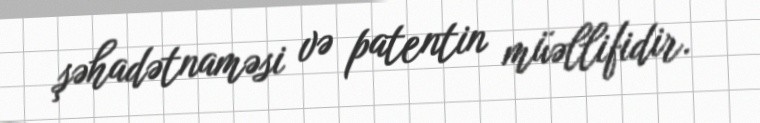
şəhadətnaməsi və patentin müəllifidir.